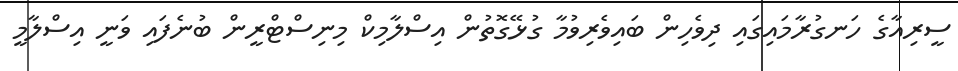
ސީރިއާގެ ހަނގުރާމައިގައި ދިވެހިން ބައިވެރިވުމާ ގުޅޭގޮތުން އިސްލާމިކް މިނިސްޓްރީން ބުނެފައި ވަނީ އިސްލާމީ